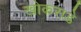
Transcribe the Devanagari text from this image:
खोकराडे